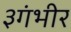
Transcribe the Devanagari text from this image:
३गंभीर